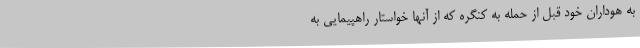
به هوداران خود قبل از حمله به کنگره که از آنها خواستار راهپیمایی به